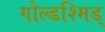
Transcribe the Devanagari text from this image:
गोल्डश्मिड्